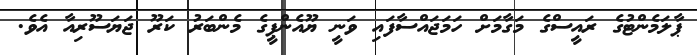
ޕާލަމެންޓުގެ ރައީސްގެ މަގާމަށް ހަމަޖައްސާފައި ވަނީ ޔޫއެންޕީގެ މެންބަރު ކަރޫ ޖަޔަސޫރިއާ އެވެ.